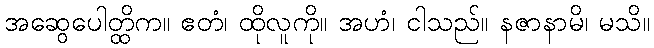
အဆွေပေါတ္ထိက။ ဧတံ၊ ထိုလူကို။ အဟံ၊ ငါသည်။ နဇာနာမိ၊ မသိ။